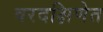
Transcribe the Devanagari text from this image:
वरदक्षिणेत